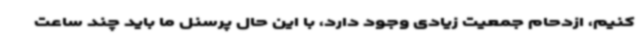
کنیم، ازدحام جمعیت زیادی وجود دارد، با این حال پرسنل ما باید چند ساعت